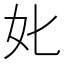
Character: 𡚨